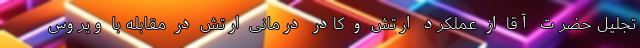
تجلیل حضرت آقا از عملکرد ارتش و کادر درمانی ارتش در مقابله با ویروس